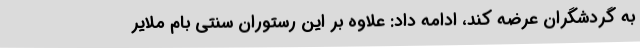
به گردشگران عرضه کند، ادامه داد: علاوه بر این رستوران سنتی بام ملایر